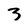
Character: 3